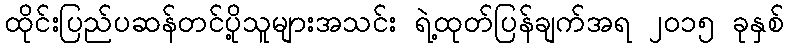
ထိုင်းပြည်ပဆန်တင်ပို့သူများအသင်း ရဲ့ထုတ်ပြန်ချက်အရ ၂၀၁၅ ခုနှစ်